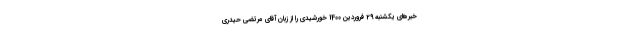
خبرهای یکشنبه 29 فروردین 1400 خورشیدی را از زبان آقای مرتضی حیدری